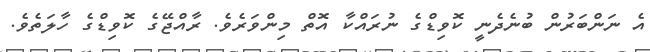
އެ ނަންބަރުން ބުނެދެނީ ކޮވިޑްގެ ނުރައްކާ އޮތް މިންވަރެވެ. ރާއްޖޭގެ ކޮވިޑްގެ ހާލަތެވެ.